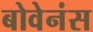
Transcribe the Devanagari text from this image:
बोवेनंस